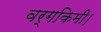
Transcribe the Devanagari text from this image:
वर्गकिमी।